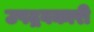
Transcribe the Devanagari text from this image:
उपद्रवकारी